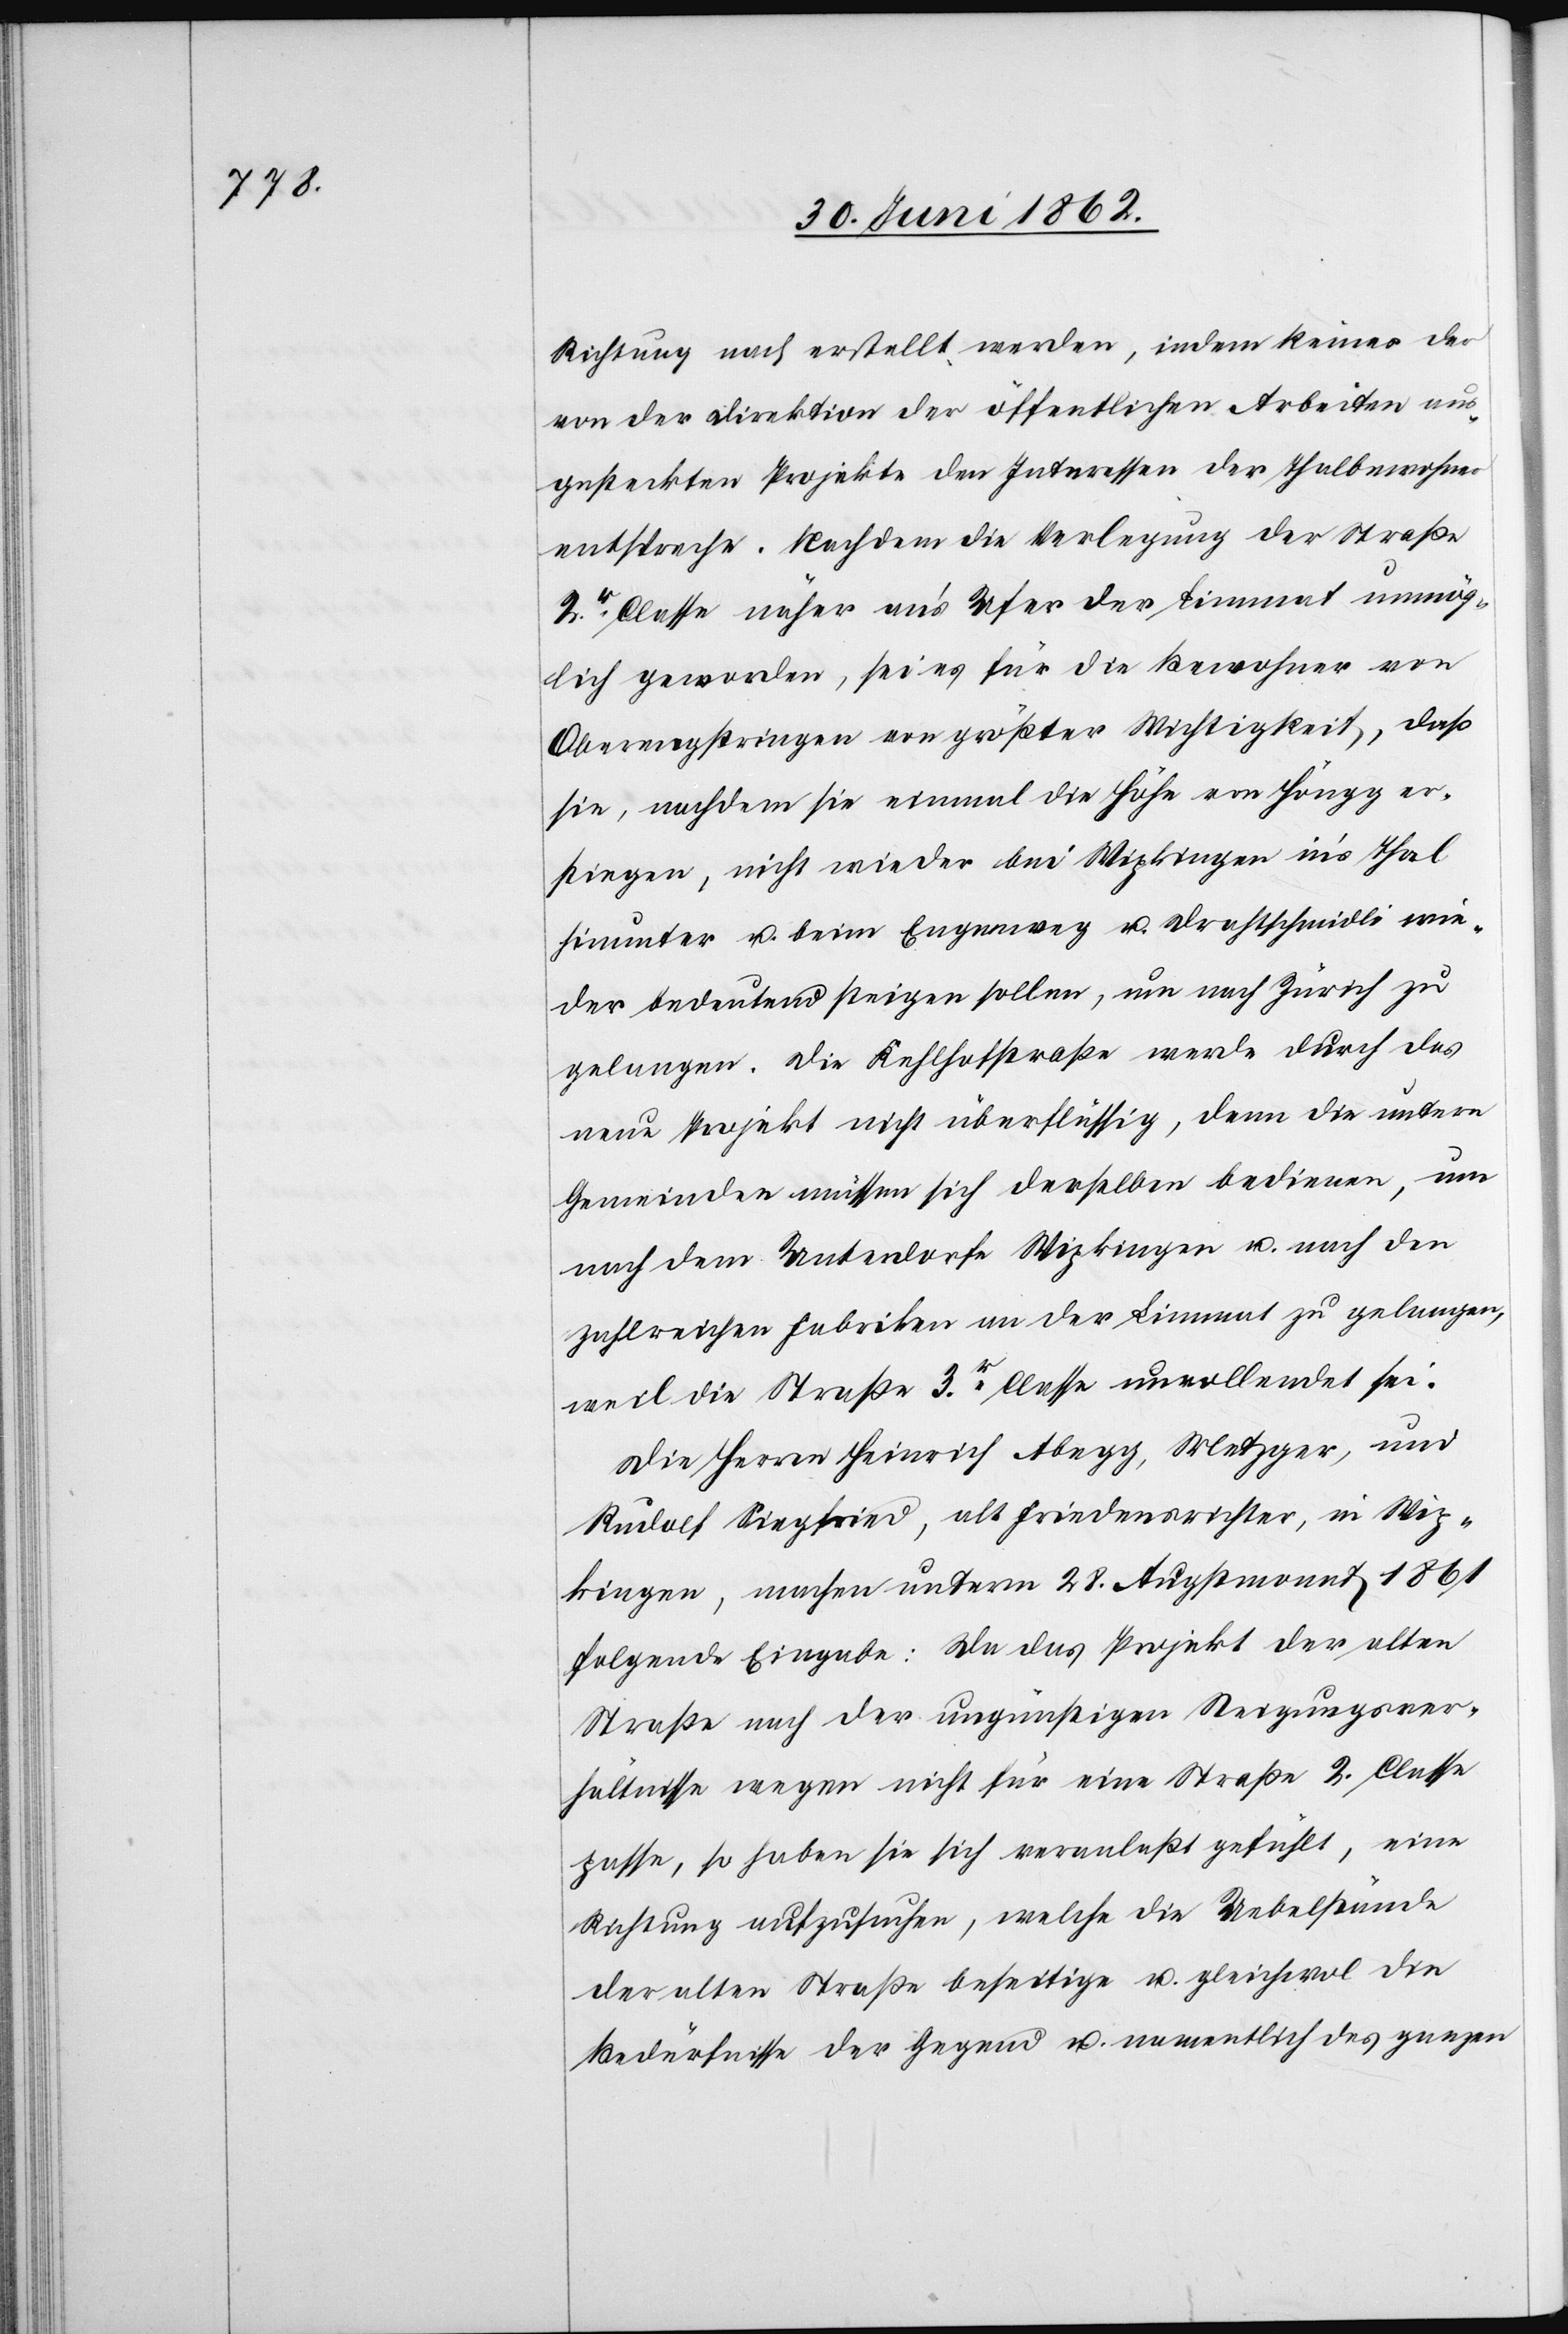
Richtung nach erstellt werden, indem keines der
von der Direktion der öffentlichen Arbeiten aus¬
gesteckten Projekte den Interessen der Thalbewohner
entspreche. Nachdem die Verlegung der Straße
2r Classe näher an’s Ufer der Limmat unmög¬
lich geworden, sei es für die Bewohner von
Oberengstringen von größter Wichtigkeit, daß
sie, nachdem sie einmal die Höhe von Höngg er¬
stiegen, nicht wieder bei Wipkingen in’s Thal
hinunter u. beim Engenweg u. Drathschmidli wie¬
der bedeutend steigen sollen, u. nach Zürich zu
gelangen. Die Kehlhofstraße werde durch das
neue Projekt nicht überflüssig, denn die untern
Gemeinden müssen sich derselben bedienen, um
nach dem Unterdorfe Wipkingen u. nach den
zahlreichen Fabriken an der Limmat zu gelangen,
weil die Straße 3r Classe unvollendet sei.
Die Herren Heinrich Abegg, Metzger, und
Rudolf Siegfried, alt Friedensrichter, in Wip¬
kingen, machen unterm 28. Augstmonat 1861
folgende Eingabe: Da das Projekt der alten
Straße nach der ungünstigen Steigungsver¬
hältnisse wegen nicht für eine Straße 2. Classe
passe, so haben sie sich veranlaßt gefühlt, eine
Richtung aufzunehmen, welche die Uebelstände
der alten Straße beseitige u. gleichwol die
Bedürfnisse der Gegend u. namentlich des ganzen